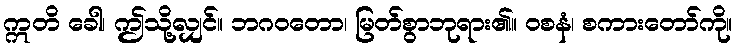
ဣတိ ခေါ၊ ဤသို့လျှင်။ ဘဂဝတော၊ မြတ်စွာဘုရား၏။ ဝစနံ၊ စကားတော်ကို။